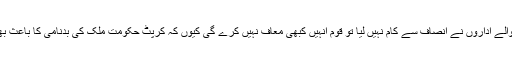
انہوں نے کہا کہ اگر وزیراعظم سے تحقیقات کرنے والے اداروں نے انصاف سے کام نہیں لیا تو قوم انہیں کبھی معاف نہیں کرے گی کیوں کہ کرپٹ حکومت ملک کی بدنامی کا باعث بھی ہوتی ہے اور ملکی جڑوں کو کوکھلا کر دیتی ہیں۔